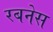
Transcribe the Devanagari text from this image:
रबनेस